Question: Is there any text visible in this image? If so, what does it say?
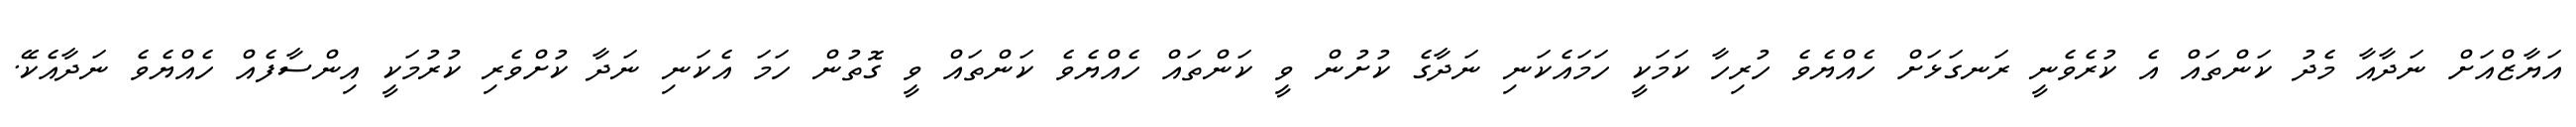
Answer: އަޔާޒްއަށް ނަދާއާ މެދު ކަންތައް އެ ކުރެވެނީ ރަނގަޅަށް ހެއްޔެވެ ހުރިހާ ކަމަކީ ހަމައެކަނި ނަދާގެ ކުށުން ވީ ކަންތައް ހެއްޔެވެ ކަންތައް ވީ ގޮތުން ހަމަ އެކަނި ނަދާ ކުށްވެރި ކުރުމަކީ އިންސާފެއް ހެއްޔެވެ ނަދާއެކޭ.